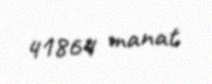
41864 manat